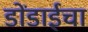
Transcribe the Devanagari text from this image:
डोंडाईचा